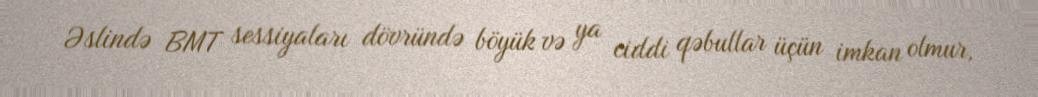
Əslində BMT sessiyaları dövründə böyük və ya ciddi qəbullar üçün imkan olmur,